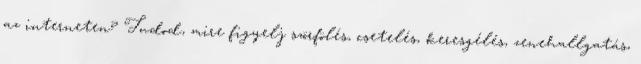
az interneten? Tudod, mire figyelj szörfölés, csetelés, keresgélés, zenehallgatás,